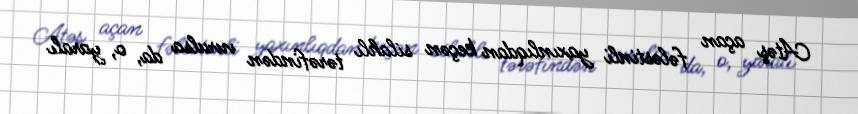
Atəş açan fələstinli yaxınlıqdan keçən silahlı tərəfindən vurulsa da, o, yaralı